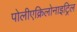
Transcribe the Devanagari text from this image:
पोलीएक्रिलोनाइट्रिल